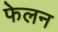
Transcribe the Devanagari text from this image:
फेलन